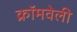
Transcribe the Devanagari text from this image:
क्रॉमवेली